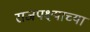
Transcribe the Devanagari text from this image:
राजपक्ष्याच्या